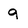
Character: g